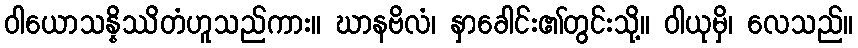
ဝါယောသန္နိဿိတံဟူသည်ကား။ ဃာနဗိလံ၊ နှာခေါင်း၏တွင်းသို့။ ဝါယုမှိ၊ လေသည်။